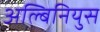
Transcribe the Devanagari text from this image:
अल्बिनियुस